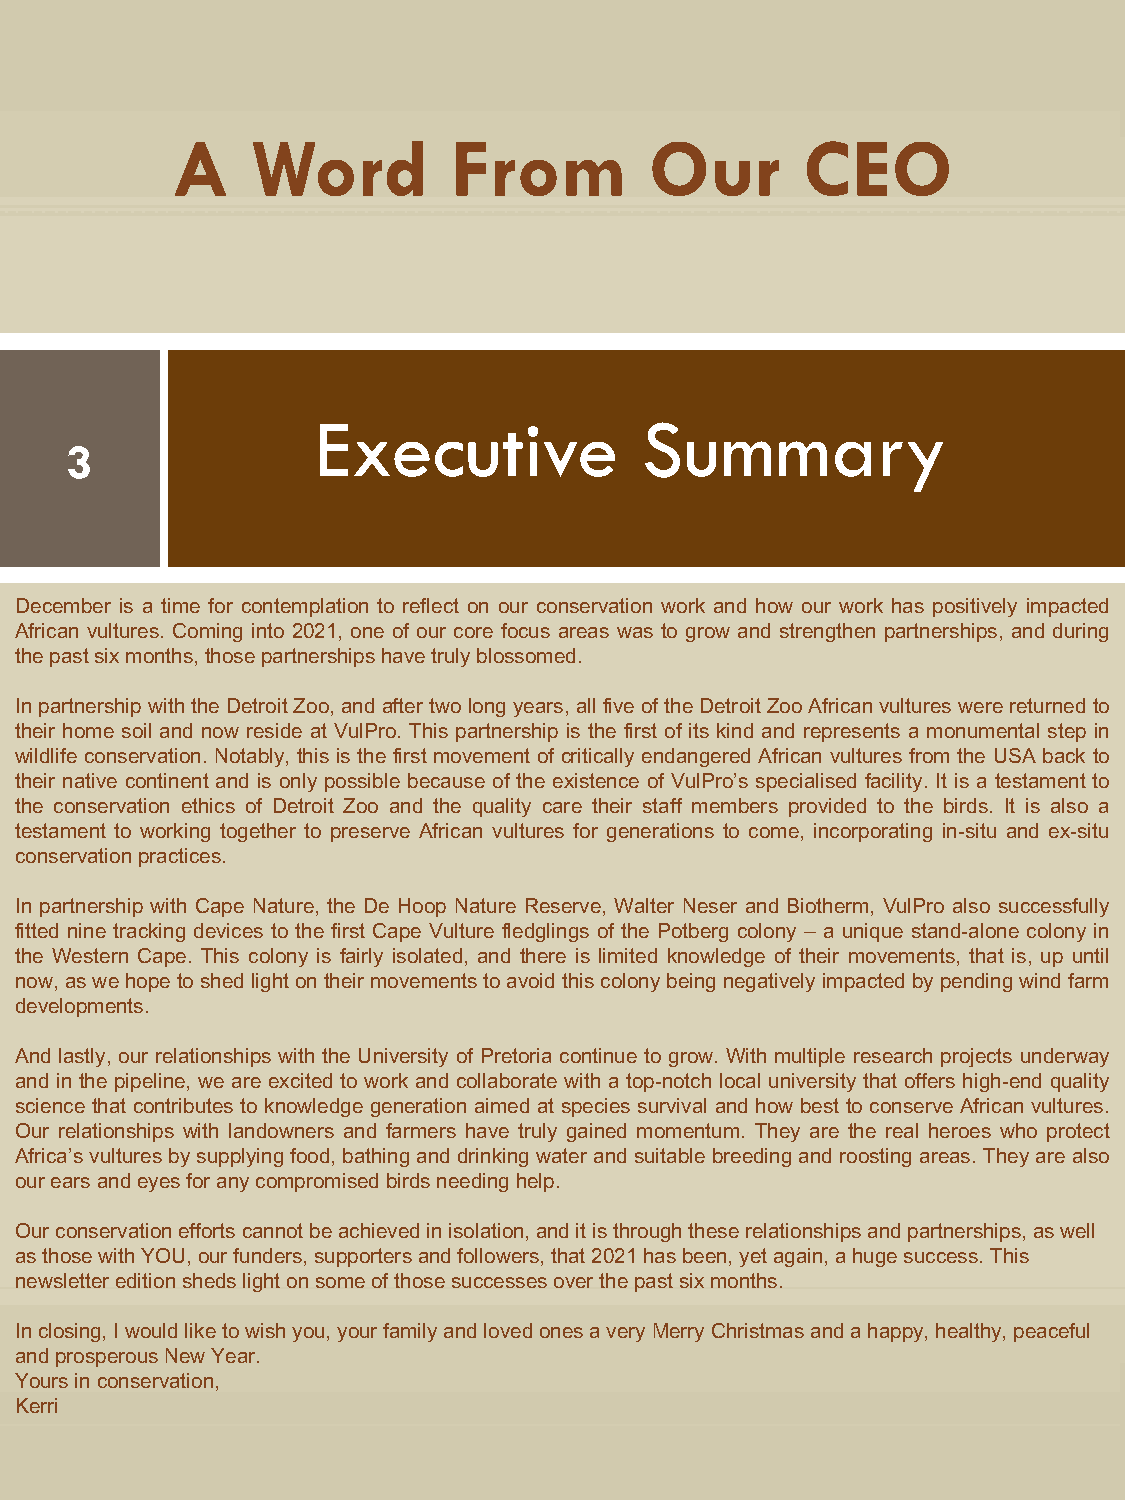
A     Word         From         Our       CEO
 Executive            Summary
 3
 December is a time for contemplation to reflect on our conservation work and how our work has positively impacted
 African vultures. Coming into 2021, one of our core focus areas was to grow and strengthen partnerships, and during
 thepastsixmonths,thosepartnershipshavetrulyblossomed.
 InpartnershipwiththeDetroitZoo,andafter twolongyears,allfiveoftheDetroitZooAfricanvultureswerereturnedto
 their home soil and now reside at VulPro. This partnership is the first of its kind and represents a monumental step in
 wildlife conservation. Notably, this is the first movement of critically endangered African vultures from the USA back to
 their native continent and is only possible because of the existence of VulPro’s specialised facility. It is a testament to
 the conservation ethics of Detroit Zoo and the quality care their staff members provided to the birds. It is also a
 testament to working together to preserve African vultures for generations to come, incorporating in-situ and ex-situ
 conservationpractices.
 In partnership with Cape Nature, the De Hoop Nature Reserve, Walter Neser and Biotherm, VulPro also successfully
 fitted nine tracking devices to the first Cape Vulture fledglings of the Potberg colony – a unique stand-alone colony in
 the Western Cape. This colony is fairly isolated, and there is limited knowledge of their movements, that is, up until
 now,aswehopetoshedlightontheirmovementstoavoidthiscolonybeingnegativelyimpactedbypendingwindfarm
 developments.
 And lastly, our relationships with the University of Pretoria continue to grow. With multiple research projects underway
 and in the pipeline, we are excited to work and collaborate with a top-notch local university that offers high-end quality
 science that contributes to knowledge generation aimed at species survival and how best to conserve African vultures.
 Our relationships with landowners and farmers have truly gained momentum. They are the real heroes who protect
 Africa’s vultures by supplyingfood,bathinganddrinkingwater andsuitablebreedingandroostingareas.They arealso
 ourearsandeyesforanycompromisedbirdsneedinghelp.
 Our conservation efforts cannot be achieved in isolation, and it is through these relationships and partnerships, as well
 as those with YOU, our funders, supporters and followers, that 2021 has been, yet again, a huge success. This
 newsletter edition sheds light on some of those successes over the past six months.
 In closing, I would like to wish you, your family and loved ones a very Merry Christmas and a happy, healthy, peaceful
 and prosperous New Year.
 Yours in conservation,
 Kerri